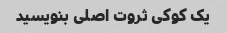
یک کوکی ثروت اصلی بنویسید